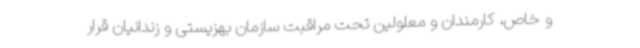
و خاص، کارمندان و معلولین تحت مراقبت سازمان بهزیستی و زندانیان قرار